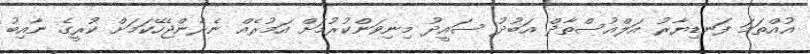
އުއްތަމަ ފަނޑިޔާރު އަލްއުސްތާޛް އަބުދު ސައީދު މިނިވަންކުރުމަށް އަމުރެއް ނެރެންޖެހޭކަމަށް ކުރީގެ ނާއިބު